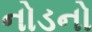
નોડનો